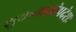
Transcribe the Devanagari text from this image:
शुकनासोपदेशः